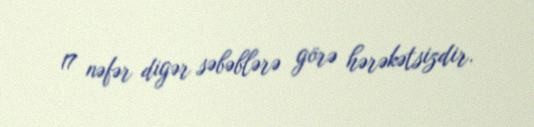
17 nəfər digər səbəblərə görə hərəkətsizdir.